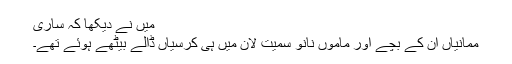
میں نے دیکھا کہ ساری
ممانیاں ان کے بچے اور ماموں نانو سمیت لان میں ہی کرسیاں ڈالے بیٹھے ہوئے تھے۔